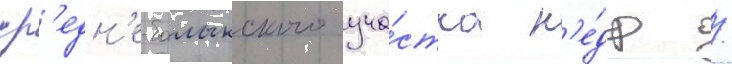
ср'едн'е-балыкского уча́стка н'е́др /